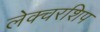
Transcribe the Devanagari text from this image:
लेक्चरशिप